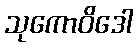
သုကောဝိဒေါ